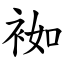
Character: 袽